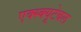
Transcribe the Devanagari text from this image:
एक्स्क्यूटेबल